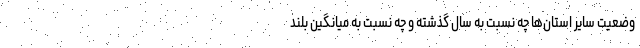
وضعیت سایر استان‌ها چه نسبت به سال گذشته و چه نسبت به میانگین بلند